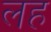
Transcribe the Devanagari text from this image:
लह